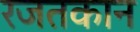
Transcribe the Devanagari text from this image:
रजतकान